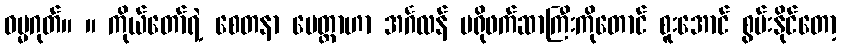
ဓမ္မဂုတ်။ ။ ကိုယ်တော်ရဲ့ စေတနာ မေတ္တာဟာ အင်္ဂလန် ပရိုဖက်ဆာကြီးကိုတောင် စူးအောင် စွမ်းနိုင်တော့